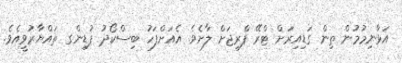
އަޅާނިމުމުން ތިން ގަޑިއިރަށް ޓްރޭ ފްރިޖަށް ލާށެވެ. އެއަށްފަހު ބިސްކޯދު ޕުޑިންގ ތައްޔާރުވީއެވެ.